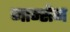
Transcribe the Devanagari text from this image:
जान्सेन